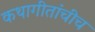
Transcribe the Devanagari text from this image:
कथागीतांचीच